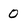
Character: 0